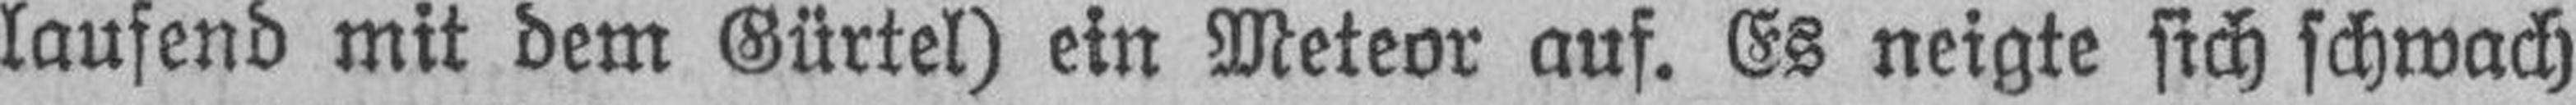
laufend mit dem Gürtel) ein Meteor auf. Es neigte sich schwach